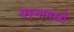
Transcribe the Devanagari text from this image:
यश्नामध्ये